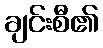
ချင်းစီ၏